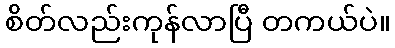
စိတ်လည်းကုန်လာပြီ တကယ်ပဲ။